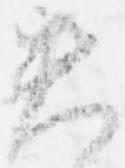
失